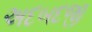
અદબદજી